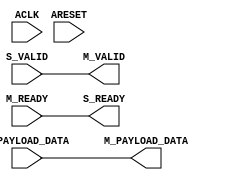
/*
* @File name: axi_register_slice_v2_1_21_axic_register_slice
* @Author: Ruige Lee
* @Email: wut.ruigeli@gmail.com
* @Date:   2021-03-09 10:54:17
* @Last Modified by:   Ruige Lee
* @Last Modified time: 2021-03-09 10:57:05
*/



`timescale 1ps/1ps

module axi_register_slice_v2_1_21_axic_register_slice #
  (
   parameter C_FAMILY     = "virtex6",
   parameter C_DATA_WIDTH = 32,
   parameter C_REG_CONFIG = 32'h00000000
   // C_REG_CONFIG:
   //   0 => BYPASS    = The channel is just wired through the module.
   //   1 => FWD_REV   = Both FWD and REV (fully-registered)
   //   2 => FWD       = The master VALID and payload signals are registrated. 
   //   3 => REV       = The slave ready signal is registrated
   //   4 => RESERVED (all outputs driven to 0).
   //   5 => RESERVED (all outputs driven to 0).
   //   6 => INPUTS    = Slave and Master side inputs are registrated.
   //   7 => LIGHT_WT  = 1-stage pipeline register with bubble cycle, both FWD and REV pipelining
   //   9 => SI/MI_REG = Source side completely registered (including S_VALID input)
   )
  (
   // System Signals
   input wire ACLK,
   input wire ARESET,

   // Slave side
   input  wire [C_DATA_WIDTH-1:0] S_PAYLOAD_DATA,
   input  wire S_VALID,
   output wire S_READY,

   // Master side
   output  wire [C_DATA_WIDTH-1:0] M_PAYLOAD_DATA,
   output wire M_VALID,
   input  wire M_READY
   );


  generate
  ////////////////////////////////////////////////////////////////////
  //
  // C_REG_CONFIG = 0
  // Bypass mode
  //
  ////////////////////////////////////////////////////////////////////
    if (C_REG_CONFIG == 32'h00000000) begin
      assign M_PAYLOAD_DATA = S_PAYLOAD_DATA;
      assign M_VALID        = S_VALID;
      assign S_READY        = M_READY;      
    end
    
  ////////////////////////////////////////////////////////////////////
  //
  // C_REG_CONFIG = 9
  // Source (SI) interface completely registered
  //
  ////////////////////////////////////////////////////////////////////
      
    else if (C_REG_CONFIG == 32'h00000009) begin
      reg [C_DATA_WIDTH-1:0] s_payload_d;
      wire [C_DATA_WIDTH-1:0] srl_out;
      reg s_ready_i = 1'b0;
      reg m_valid_i = 1'b0;
      reg payld_sel;
      reg push;
      reg pop;
      wire s_handshake_d;
      reg s_valid_d;
      reg s_ready_d = 1'b0;
      reg s_ready_reg = 1'b0;
      reg [2:0] fifoaddr = 3'b110;
      
      reg areset_d = 1'b0;
      always @(posedge ACLK) begin
        areset_d <= ARESET;
      end
      
      assign s_handshake_d = s_valid_d & s_ready_d;

      always @ * begin
        case (fifoaddr)
          3'b111: begin  // EMPTY: No payload in SRL; pre-assert m_ready
            s_ready_i = 1'b1;
            payld_sel = 1'b0;
            pop = 1'b0;
            case ({s_handshake_d, M_READY}) 
              2'b00, 2'b01: begin  // Idle
                m_valid_i = 1'b0;
                push = 1'b0;
              end
              2'b10: begin  // Payload received
                m_valid_i = 1'b1;
                push = 1'b1;
              end
              2'b11: begin  // Payload received and read out combinatorially
                m_valid_i = 1'b1;
                push = 1'b0;
              end
            endcase
          end

          3'b000: begin  // 1 payload item in SRL
            m_valid_i = 1'b1;
            payld_sel = 1'b1;
            case ({s_handshake_d, M_READY}) 
              2'b00: begin  // Idle
                s_ready_i = 1'b1;
                push = 1'b0;
                pop = 1'b0;
              end
              2'b01: begin  // Pop
                s_ready_i = 1'b1;
                push = 1'b0;
                pop = 1'b1;
              end
              2'b10: begin  // Push
                s_ready_i = 1'b0;  // Doesn't de-assert on SI until next cycle
                push = 1'b1;
                pop = 1'b0;
              end
              2'b11: begin  // Push and Pop
                s_ready_i = 1'b1;
                push = 1'b1;
                pop = 1'b1;
              end
            endcase
          end

          3'b001: begin  // 2 payload items in SRL
            m_valid_i = 1'b1;
            payld_sel = 1'b1;
            case ({s_handshake_d, M_READY}) 
              2'b00: begin  // Idle
                s_ready_i = 1'b0;
                push = 1'b0;
                pop = 1'b0;
              end
              2'b01: begin  // Pop
                s_ready_i = 1'b1;
                push = 1'b0;
                pop = 1'b1;
              end
              2'b10: begin  // Push (Handshake completes on SI while pushing 2nd item into SRL)
                s_ready_i = 1'b0;
                push = 1'b1;
                pop = 1'b0;
              end
              2'b11: begin  // Push and Pop
                s_ready_i = 1'b0;
                push = 1'b1;
                pop = 1'b1;
              end
            endcase
          end

          3'b010: begin  // 3 payload items in SRL
            m_valid_i = 1'b1;
            s_ready_i = 1'b0;
            payld_sel = 1'b1;
            push = 1'b0;
            if (M_READY) begin  // Handshake cannot complete on SI
              pop = 1'b1;
            end else begin
              pop = 1'b0;
            end
          end

          default: begin  // RESET state (fifoaddr = 3'b110)
            m_valid_i = 1'b0;
            s_ready_i = 1'b0;
            payld_sel = 1'b0;
            push = 1'b1;  // Advance to Empty state
            pop = 1'b0;
          end  // RESET
        endcase
      end

      always @(posedge ACLK) begin
        if (areset_d) begin
          fifoaddr <= 3'b110;
          s_ready_reg <= 1'b0;
          s_ready_d <= 1'b0;
        end else begin
          s_ready_reg <= s_ready_i;
          s_ready_d <= s_ready_reg;
          if (push & ~pop) begin
            fifoaddr <= fifoaddr + 1;
          end else if (~push & pop) begin
            fifoaddr <= fifoaddr - 1;
          end
        end
      end

      always @(posedge ACLK) begin
        s_valid_d <= S_VALID;
        s_payload_d <= S_PAYLOAD_DATA;
      end

      assign S_READY = s_ready_reg;
      assign M_VALID = m_valid_i;
      assign M_PAYLOAD_DATA = payld_sel ? srl_out : s_payload_d;

    //---------------------------------------------------------------------------
    // Instantiate SRLs
    //---------------------------------------------------------------------------
      genvar i;
      for (i=0;i<C_DATA_WIDTH;i=i+1) begin : gen_srls
        axi_register_slice_v2_1_21_srl_rtl #
          (
           .C_A_WIDTH (2)
          )
          srl_nx1
          (
           .clk (ACLK),
           .a   (fifoaddr[1:0]),
           .ce  (push),
           .d   (s_payload_d[i]),
           .q   (srl_out[i])
          );
      end      
    end 
        
        
  ////////////////////////////////////////////////////////////////////
  //
  // C_REG_CONFIG = 1 (or 8)
  // Both FWD and REV mode
  //
  ////////////////////////////////////////////////////////////////////
    else if ((C_REG_CONFIG == 32'h00000001) || (C_REG_CONFIG == 32'h00000008)) begin
      reg [C_DATA_WIDTH-1:0] m_payload_i;
      reg [C_DATA_WIDTH-1:0] skid_buffer;
      reg                    s_ready_i = 1'b0; 
      reg                    m_valid_i = 1'b0;

      assign S_READY = s_ready_i;
      assign M_VALID = m_valid_i;
      assign M_PAYLOAD_DATA = m_payload_i;

      reg [1:0] aresetn_d = 2'b00; // Reset delay shifter
      always @(posedge ACLK) begin
        if (ARESET) begin
          aresetn_d <= 2'b00;
        end else begin
          aresetn_d <= {aresetn_d[0], ~ARESET};
        end
      end
      
      always @(posedge ACLK) begin
        if (~aresetn_d[0]) begin
          s_ready_i <= 1'b0;
        end else begin
          s_ready_i <= M_READY | ~m_valid_i | (s_ready_i & ~S_VALID);
        end
        
        if (~aresetn_d[1]) begin
          m_valid_i <= 1'b0;
        end else begin
          m_valid_i <= S_VALID | ~s_ready_i | (m_valid_i & ~M_READY);
        end
        
        if (M_READY | ~m_valid_i) begin
          m_payload_i <= s_ready_i ? S_PAYLOAD_DATA : skid_buffer;
        end
        
        if (s_ready_i) begin
          skid_buffer <= S_PAYLOAD_DATA;
        end
      end

    end // if (C_REG_CONFIG == 1)
    
    
  ////////////////////////////////////////////////////////////////////
  //
  // C_REG_CONFIG = 2
  // Only FWD mode
  //
  ////////////////////////////////////////////////////////////////////
    else if (C_REG_CONFIG == 32'h00000002)
    begin
      reg [C_DATA_WIDTH-1:0] storage_data;
      wire                   s_ready_i; //local signal of output
      reg                    m_valid_i = 1'b0; //local signal of output

      // assign local signal to its output signal
      assign S_READY = s_ready_i;
      assign M_VALID = m_valid_i;

      reg aresetn_d = 1'b0; // Reset delay register
      always @(posedge ACLK) begin
        if (ARESET) begin
          aresetn_d <= 1'b0;
        end else begin
          aresetn_d <= ~ARESET;
        end
      end
      
      // Save payload data whenever we have a transaction on the slave side
      always @(posedge ACLK) 
      begin
        if (S_VALID & s_ready_i)
          storage_data <= S_PAYLOAD_DATA;
      end

      assign M_PAYLOAD_DATA = storage_data;
      
      // M_Valid set to high when we have a completed transfer on slave side
      // Is removed on a M_READY except if we have a new transfer on the slave side
      always @(posedge ACLK) 
      begin
        if (~aresetn_d) 
          m_valid_i <= 1'b0;
        else
          if (S_VALID) // Always set m_valid_i when slave side is valid
            m_valid_i <= 1'b1;
          else
            if (M_READY) // Clear (or keep) when no slave side is valid but master side is ready
              m_valid_i <= 1'b0;
      end // always @ (posedge ACLK)
      
      // Slave Ready is either when Master side drives M_Ready or we have space in our storage data
      assign s_ready_i = (M_READY | ~m_valid_i) & aresetn_d;

    end // if (C_REG_CONFIG == 2)
  ////////////////////////////////////////////////////////////////////
  //
  // C_REG_CONFIG = 3
  // Only REV mode
  //
  ////////////////////////////////////////////////////////////////////
    else if (C_REG_CONFIG == 32'h00000003)
    begin
      reg [C_DATA_WIDTH-1:0] storage_data;
      reg                    s_ready_i = 1'b0; //local signal of output
      reg                    has_valid_storage_i;
      reg                    has_valid_storage;

      reg [1:0] aresetn_d = 2'b00; // Reset delay register
      always @(posedge ACLK) begin
        if (ARESET) begin
          aresetn_d <= 2'b00;
        end else begin
          aresetn_d <= {aresetn_d[0], ~ARESET};
        end
      end
      
      // Save payload data whenever we have a transaction on the slave side
      always @(posedge ACLK) 
      begin
        if (S_VALID & s_ready_i)
          storage_data <= S_PAYLOAD_DATA;
      end

      assign M_PAYLOAD_DATA = has_valid_storage?storage_data:S_PAYLOAD_DATA;

      // Need to determine when we need to save a payload
      // Need a combinatorial signals since it will also effect S_READY
      always @ *
      begin
        // Set the value if we have a slave transaction but master side is not ready
        if (S_VALID & s_ready_i & ~M_READY)
          has_valid_storage_i = 1'b1;
        
        // Clear the value if it's set and Master side completes the transaction but we don't have a new slave side 
        // transaction 
        else if ( (has_valid_storage == 1) && (M_READY == 1) && ( (S_VALID == 0) || (s_ready_i == 0)))
          has_valid_storage_i = 1'b0;
        else
          has_valid_storage_i = has_valid_storage;
      end // always @ *

      always @(posedge ACLK) 
      begin
        if (~aresetn_d[0]) 
          has_valid_storage <= 1'b0;
        else
          has_valid_storage <= has_valid_storage_i;
      end

      // S_READY is either clocked M_READY or that we have room in local storage
      always @(posedge ACLK) 
      begin
        if (~aresetn_d[0]) 
          s_ready_i <= 1'b0;
        else
          s_ready_i <= M_READY | ~has_valid_storage_i;
      end

      // assign local signal to its output signal
      assign S_READY = s_ready_i;

      // M_READY is either combinatorial S_READY or that we have valid data in local storage
      assign M_VALID = (S_VALID | has_valid_storage) & aresetn_d[1];
      
    end // if (C_REG_CONFIG == 3)
    
  ////////////////////////////////////////////////////////////////////
  //
  // C_REG_CONFIG = 4 or 5 is NO LONGER SUPPORTED
  //
  ////////////////////////////////////////////////////////////////////
    else if ((C_REG_CONFIG == 32'h00000004) || (C_REG_CONFIG == 32'h00000005))
    begin
// synthesis translate_off
      initial begin  
        $display ("ERROR: For axi_register_slice, C_REG_CONFIG = 4 or 5 is RESERVED.");
      end
// synthesis translate_on
      assign M_PAYLOAD_DATA = 0;
      assign M_VALID        = 1'b0;
      assign S_READY        = 1'b0;    
    end  

  ////////////////////////////////////////////////////////////////////
  //
  // C_REG_CONFIG = 6
  // INPUTS mode
  //
  ////////////////////////////////////////////////////////////////////
    else if (C_REG_CONFIG == 32'h00000006)
    begin
      localparam [1:0] 
        ZERO = 2'b00,
        ONE  = 2'b01,
        TWO  = 2'b11;
      reg [1:0] state = ZERO;
      reg [1:0] next_state;

      reg [C_DATA_WIDTH-1:0] storage_data1;
      reg [C_DATA_WIDTH-1:0] storage_data2;
      reg                    s_valid_d = 1'b0;
      reg                    s_ready_d = 1'b0;
      reg                    m_ready_d = 1'b0;
      reg                    m_valid_d = 1'b0;
      reg                    load_s2;
      reg                    sel_s2;
      wire                   new_access;
      wire                   access_done;
      wire                   s_ready_i; //local signal of output
      reg                    s_ready_ii;
      reg                    m_valid_i; //local signal of output
      
      reg [1:0] aresetn_d = 2'b00; // Reset delay register
      always @(posedge ACLK) begin
        if (ARESET) begin
          aresetn_d <= 2'b00;
        end else begin
          aresetn_d <= {aresetn_d[0], ~ARESET};
        end
      end
      
      // assign local signal to its output signal
      assign S_READY = s_ready_i;
      assign M_VALID = m_valid_i;
      assign s_ready_i = s_ready_ii & aresetn_d[1];

      // Registrate input control signals
      always @(posedge ACLK) 
      begin
        if (~aresetn_d[0]) begin          
          s_valid_d <= 1'b0;
          s_ready_d <= 1'b0;
          m_ready_d <= 1'b0;
        end else begin
          s_valid_d <= S_VALID;
          s_ready_d <= s_ready_i;
          m_ready_d <= M_READY;
        end
      end // always @ (posedge ACLK)

      // Load storage1 with slave side payload data when slave side ready is high
      always @(posedge ACLK) 
      begin
        if (s_ready_i)
          storage_data1 <= S_PAYLOAD_DATA;          
      end

      // Load storage2 with storage data 
      always @(posedge ACLK) 
      begin
        if (load_s2)
          storage_data2 <= storage_data1;
      end

      always @(posedge ACLK) 
      begin
        if (~aresetn_d[0]) 
          m_valid_d <= 1'b0;
        else 
          m_valid_d <= m_valid_i;
      end

      // Local help signals
      assign new_access  = s_ready_d & s_valid_d;
      assign access_done = m_ready_d & m_valid_d;


      // State Machine for handling output signals
      always @*
      begin
        next_state = state; // Stay in the same state unless we need to move to another state
        load_s2   = 0;
        sel_s2    = 0;
        m_valid_i = 0;
        s_ready_ii = 0;
        case (state)
            // No transaction stored locally
            ZERO: begin
              load_s2   = 0;
              sel_s2    = 0;
              m_valid_i = 0;
              s_ready_ii = 1;
              if (new_access) begin
                next_state = ONE; // Got one so move to ONE
                load_s2   = 1;
                m_valid_i = 0;
              end
              else begin
                next_state = next_state;
                load_s2   = load_s2;
                m_valid_i = m_valid_i;
              end

            end // case: ZERO

            // One transaction stored locally
            ONE: begin
              load_s2   = 0;
              sel_s2    = 1;
              m_valid_i = 1;
              s_ready_ii = 1;
              if (~new_access & access_done) begin
                next_state = ZERO; // Read out one so move to ZERO
                m_valid_i = 0;                      
              end
              else if (new_access & ~access_done) begin
                next_state = TWO;  // Got another one so move to TWO
                s_ready_ii = 0;
              end
              else if (new_access & access_done) begin
                load_s2   = 1;
                sel_s2    = 0;
              end
              else begin
                load_s2   = load_s2;
                sel_s2    = sel_s2;
              end


            end // case: ONE

            // TWO transaction stored locally
            TWO: begin
              load_s2   = 0;
              sel_s2    = 1;
              m_valid_i = 1;
              s_ready_ii = 0;
              if (access_done) begin 
                next_state = ONE; // Read out one so move to ONE
                s_ready_ii  = 1;
                load_s2    = 1;
                sel_s2     = 0;
              end
              else begin
                next_state = next_state;
                s_ready_ii  = s_ready_ii;
                load_s2    = load_s2;
                sel_s2     = sel_s2;
              end
            end // case: TWO
        endcase // case (state)
      end // always @ *


      // State Machine for handling output signals
      always @(posedge ACLK) 
      begin
        if (~aresetn_d[0]) 
          state <= ZERO;
        else
          state <= next_state; // Stay in the same state unless we need to move to another state
      end
      
      // Master Payload mux
      assign M_PAYLOAD_DATA = sel_s2?storage_data2:storage_data1;

    end // if (C_REG_CONFIG == 6)
  ////////////////////////////////////////////////////////////////////
  //
  // C_REG_CONFIG = 7
  // Light-weight mode.
  // 1-stage pipeline register with bubble cycle, both FWD and REV pipelining
  // Operates same as 1-deep FIFO
  //
  ////////////////////////////////////////////////////////////////////
    else if (C_REG_CONFIG == 32'h00000007) begin
      reg [C_DATA_WIDTH-1:0] m_payload_i;
      reg                    s_ready_i = 1'b0; 
      reg                    m_valid_i = 1'b0;

      assign S_READY = s_ready_i;
      assign M_VALID = m_valid_i;
      assign M_PAYLOAD_DATA = m_payload_i;

      reg [1:0] aresetn_d = 2'b00; // Reset delay shifter
      always @(posedge ACLK) begin
        if (ARESET) begin
          aresetn_d <= 2'b00;
        end else begin
          aresetn_d <= {aresetn_d[0], ~ARESET};
        end
      end
      
      always @(posedge ACLK) begin
        if (~aresetn_d[0]) begin
          s_ready_i <= 1'b0;
        end else if (~aresetn_d[1]) begin
          s_ready_i <= 1'b1;
        end else begin
          s_ready_i <= m_valid_i ? M_READY : ~S_VALID;
        end
        
        if (~aresetn_d[1]) begin
          m_valid_i <= 1'b0;
        end else begin
          m_valid_i <= s_ready_i ? S_VALID : ~M_READY;
        end
        
        if (~m_valid_i) begin
          m_payload_i <= S_PAYLOAD_DATA;
        end
      end
      
    end // if (C_REG_CONFIG == 7)
    
    else begin : default_case
      // Passthrough
      assign M_PAYLOAD_DATA = S_PAYLOAD_DATA;
      assign M_VALID        = S_VALID;
      assign S_READY        = M_READY;      
    end

  endgenerate
endmodule // axic_register_slice